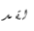
لقد